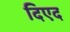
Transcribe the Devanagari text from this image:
दिएद